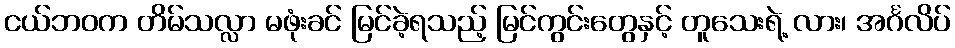
ငယ်ဘဝက တိမ်သလ္လာ မဖုံးခင် မြင်ခဲ့ရသည့် မြင်ကွင်းတွေနှင့် တူသေးရဲ့ လား၊ အင်္ဂလိပ်